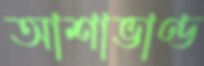
আশাভাণ্ড